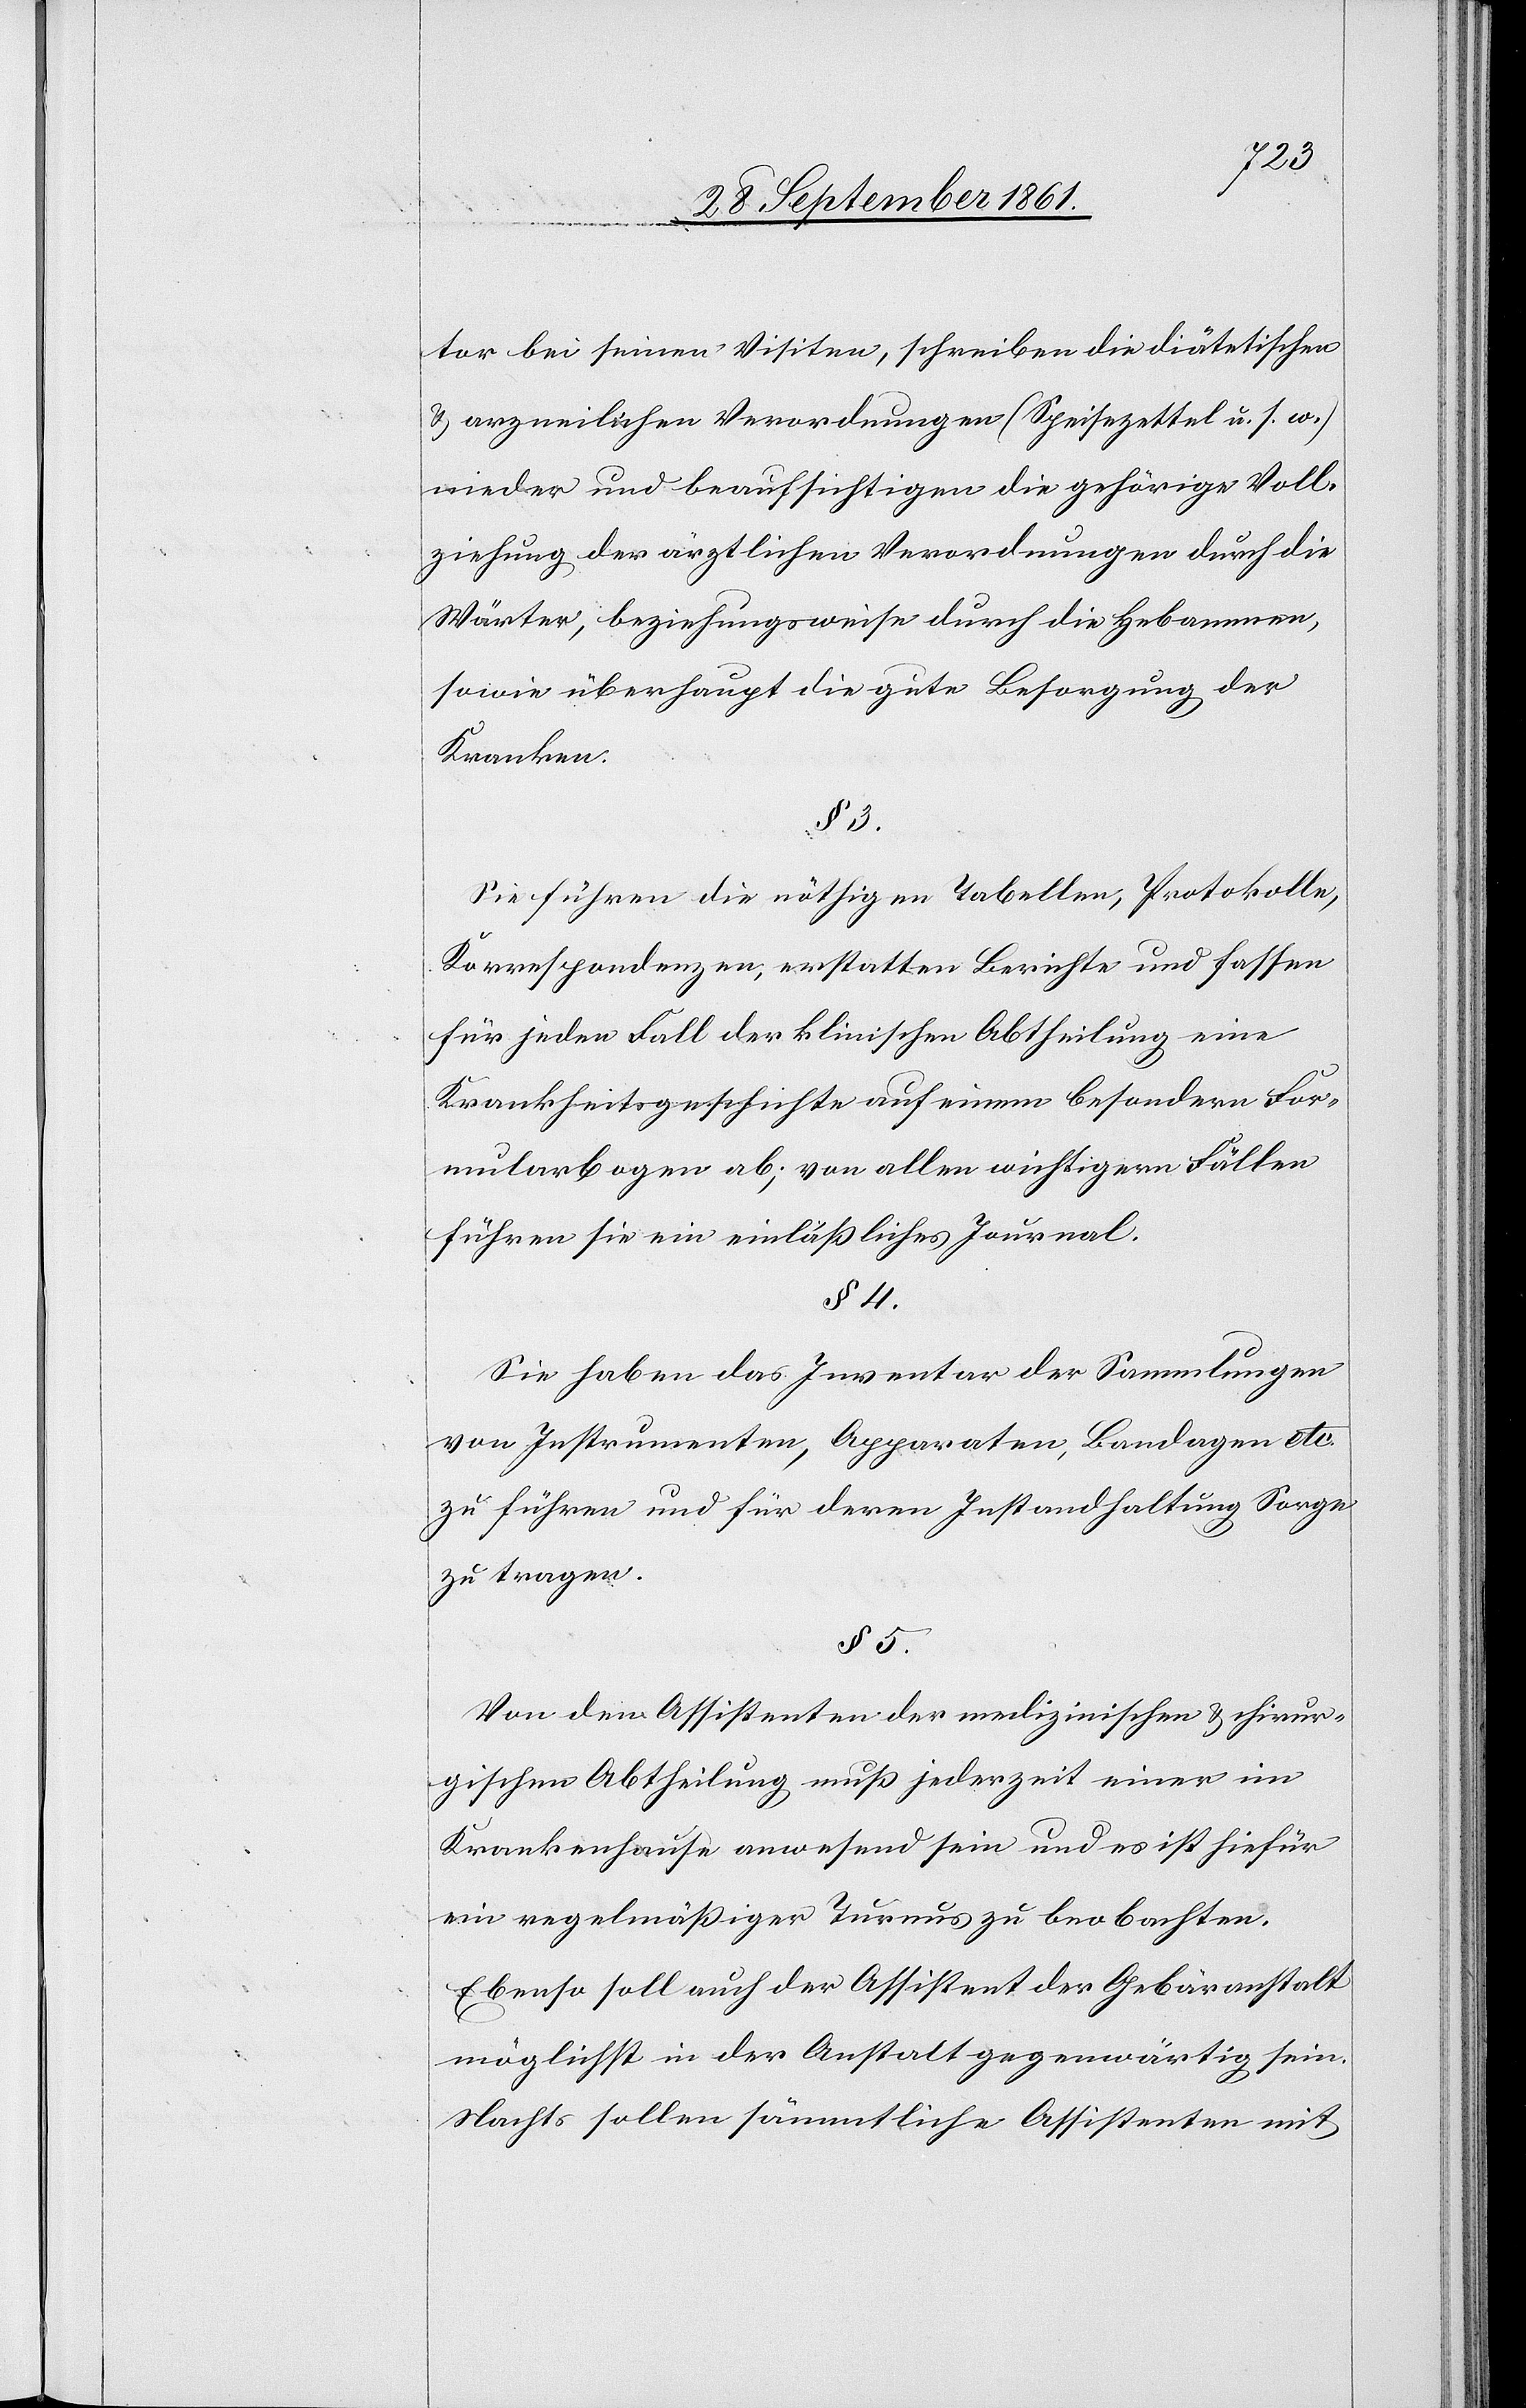
tor bei seinen Visiten, schreiben die diätetischen
u. arzneilichen Verordnungen (Speisezettel u. s. w.)
nieder und beaufsichtigen die gehörige Voll¬
ziehung der ärztlichen Verordnungen durch die
Wärter, beziehungsweise durch die Hebamme,
sowie überhaupt die gute Besorgung der
Kranken.
§ 3.
Sie führen die nöthigen Tabellen, Protokolle,
Korrespondenzen, erstatten Berichte und fassen
für jeden Fall der klinischen Abtheilung eine
Krankheitsgeschichte auf einem besondern For¬
mularbogen ab; von allen wichtigern Fällen
führen sie ein einläßliches Journal.
§ 4.
Sie haben das Inventar der Sammlungen
von Instrumenten, Apparaten, Bandagen etc.
zu führen und für deren Instandhaltung Sorge
zu tragen.
§ 5.
Von dem Assistenten der medizinischen u. chirur¬
gischen Abtheilung muß jederzeit einer im
Krankenhause anwesend sein und es ist hiefür
ein regelmäßiger Turnus zu beobachten.
Ebenso soll auch der Assistent der Gebäranstalt
möglichst in der Anstalt gegenwärtig sein.
Nachts sollen sämmtliche Assistenten mit